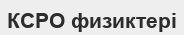
КСРО физиктері